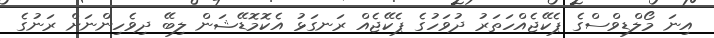
އިނަ މޯލްޑިވްސްގެ ޕެކޭޖެއްހަތަރު ދުވަހުގެ ޕެކޭޖެއް ރަނގަޅު އެކޮމޮޑޭޝަން ލިބޭ ދިވެހިންނަށް ރަނުގެ